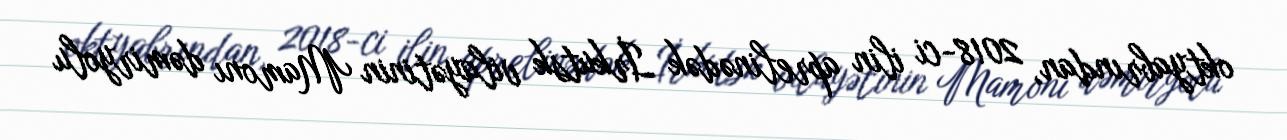
oktyabrından, 2018-ci ilin aprelinədək İrkutsk vilayətinin Mamonı dəmiryolu